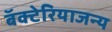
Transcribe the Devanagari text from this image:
बॅक्टेरियाजन्य